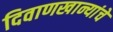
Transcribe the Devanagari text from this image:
दिवाणखान्यांचे